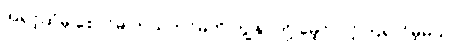
အရှင့်ထံမှ စောင်မ ကယ်တင်မှုကို ကျွန်ုပ်တို့ မျှော်လင့်ကြရလိမ့်မယ်